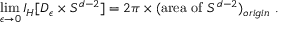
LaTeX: \operatorname * { l i m } _ { \epsilon \rightarrow 0 } I _ { H } [ D _ { \epsilon } \times { \cal S } ^ { d - 2 } ] = 2 \pi \times ( \mathrm { a r e a ~ o f ~ } { \cal S } ^ { d - 2 } ) _ { o r i g i n } \ .